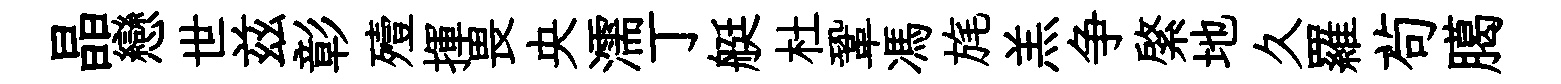
晶戀世兹彰殪揮畏央濡丁艇杜鞏馮旄羔争綮地久羅茍臈